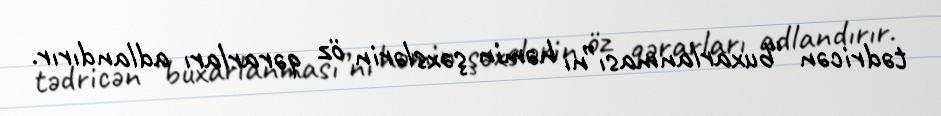
tədricən “buxarlanması”nı həmin şəxslərin öz qərarları adlandırır.